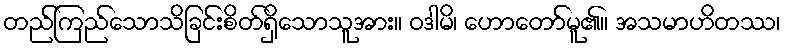
တည်ကြည်သောသိခြင်းစိတ်ရှိသောသူအား။ ဝဒါမိ၊ ဟောတော်မူ၏။ အသမာဟိတဿ၊